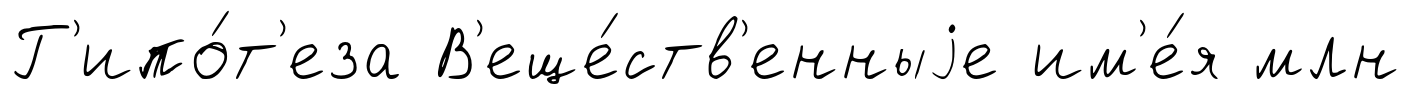
Г'ипо́т'еза В'еще́ств'енныjе им'е́я млн